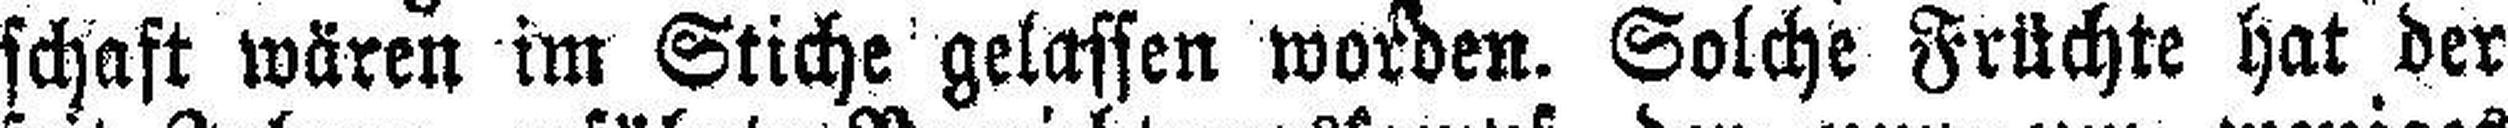
schaft wären im Stiche gelassen worden. Solche Früchte hat der